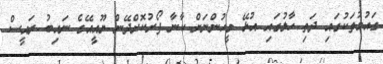
ގައުމުތަކުގައި ދަތި ހާލުގައި އުޅޭ މީހުންނަށް ކާނާ ފޯރުކޮށްދޭން ޔޫއީއޭގެ ނައިބު ރައީސް